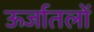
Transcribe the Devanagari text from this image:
ऊर्जातलों